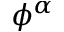
\phi ^ { \alpha }